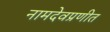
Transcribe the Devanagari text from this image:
नामदेवप्रणीत